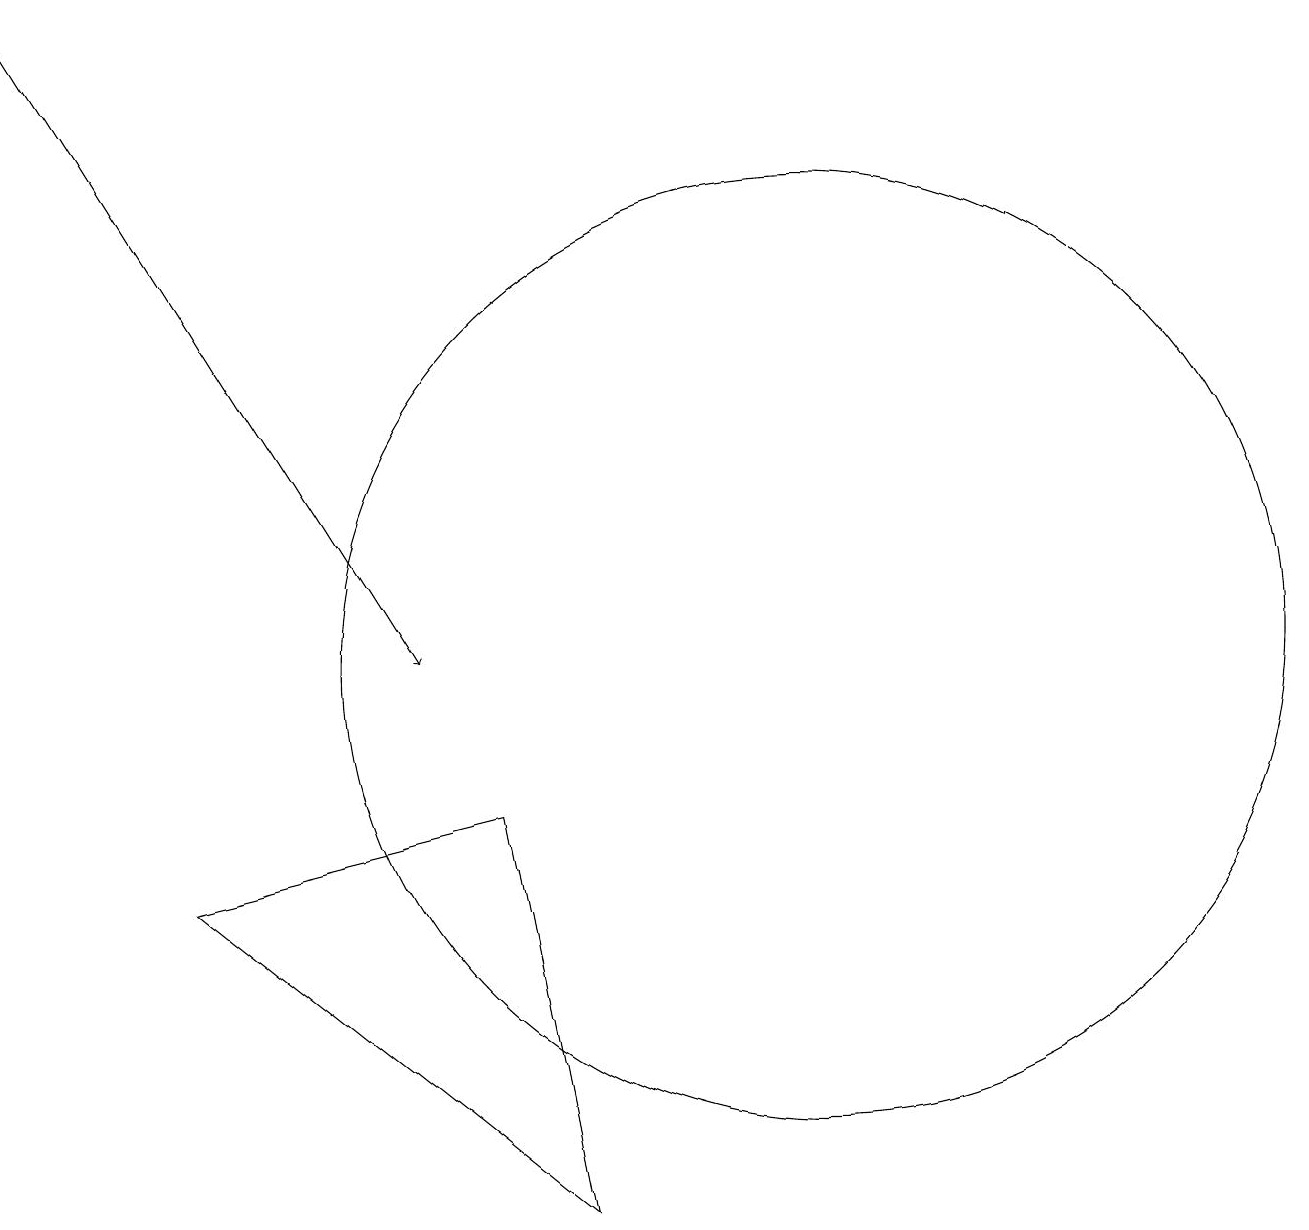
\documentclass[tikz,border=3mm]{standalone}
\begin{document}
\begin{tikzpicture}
\draw (10,11) circle (6);
\draw (12,10) circle (0);
\draw (6,9) -- (7,4) -- (2,8) -- cycle;
\draw[->] (0,19) -- (5,11);
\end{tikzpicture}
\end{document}